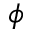
\phi